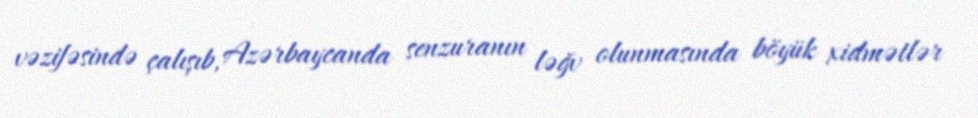
vəzifəsində çalışıb, Azərbaycanda senzuranın ləğv olunmasında böyük xidmətlər